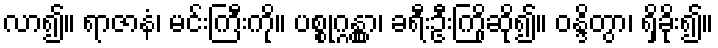
လာ၍။ ရာဇာနံ၊ မင်းကြီးကို။ ပစ္စုဂ္ဂန္တွာ၊ ခရီးဦးကြိုဆို၍။ ဝန္ဒိတွာ၊ ရှိခိုး၍။